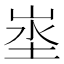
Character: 埊